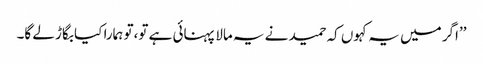
’’اگر میں یہ کہوں کہ حمید نے یہ مالا پہنائی ہے تو،تو ہمارا کیا بگاڑ لے گا۔